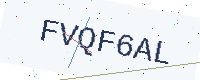
Text: FVQF6AL